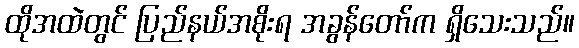
ထိုအထဲတွင် ပြည်နယ်အစိုးရ အခွန်တော်က ရှိသေးသည်။